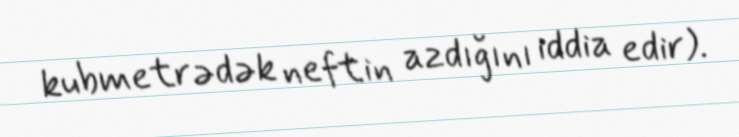
kubmetrədək neftin azdığını iddia edir).